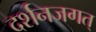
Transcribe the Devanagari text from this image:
दर्शनजगत्